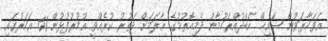
އަވަހާރަވުން ޝައިޚް އަބްދުއްރަހުމާނު ދެމިއޮތުމުގެ ޢާލަމަށް ދަތުރު ކުރެއްވީ އުމުރުފުޅުން 61 އަހަރުގައި